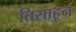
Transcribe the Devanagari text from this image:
तिसाहून